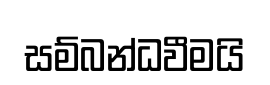
සම්බන්ධවීමයි